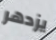
يزدهر